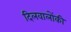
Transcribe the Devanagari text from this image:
दिलवालोंकी